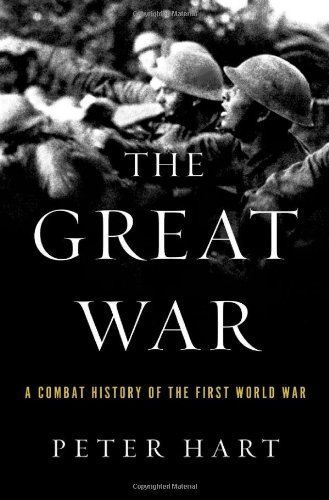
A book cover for The Great War: A Combat History of the First World War; Peter Hart; History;